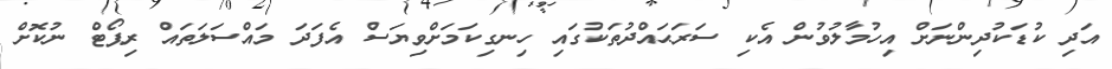
އަދި ކުޑަކުދިންނަށް އިހުމާލުވުން އެކި ސަރަޙައްދުތަކުގައި ހިނގިކަމަށްވިޔަސް އެފަދަ މައްސަލަތައް ރިޕޯޓް ނުކޮށް